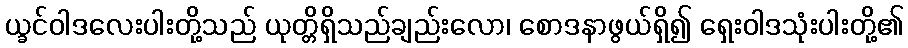
ယ္ခင်ဝါဒလေးပါးတို့သည် ယုတ္တိရှိသည်ချည်းလော၊ စောဒနာဖွယ်ရှိ၍ ရှေးဝါဒသုံးပါးတို့၏